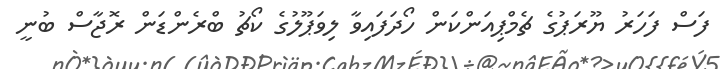
ފަސް ފަހަރު ޔޫރަޕުގެ ޗެމްޕިއަންކަން ހޯދަފައިވާ ލިވަޕޫލުގެ ކޯޗު ބްރެންޑަން ރޮޖާސް ބުނީ